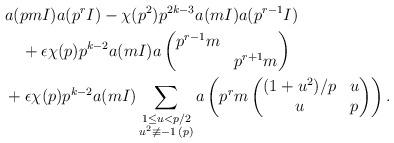
LaTeX: \begin{align*}&a(pmI)a(p^rI)-\chi(p^2)p^{2k-3}a(mI)a(p^{r-1}I)\\&\quad+\epsilon\chi(p)p^{k-2}a(mI) a\begin{pmatrix}p^{r-1}m\\&p^{r+1}m\end{pmatrix}\\&+\epsilon\chi(p)p^{k-2}a(mI)\sum_{\substack{1\le u<p/2\\ u^2\not\equiv-1\,(p)}}a\left(p^rm\begin{pmatrix}(1+u^2)/p&u\\u&p\end{pmatrix}\right).\end{align*}